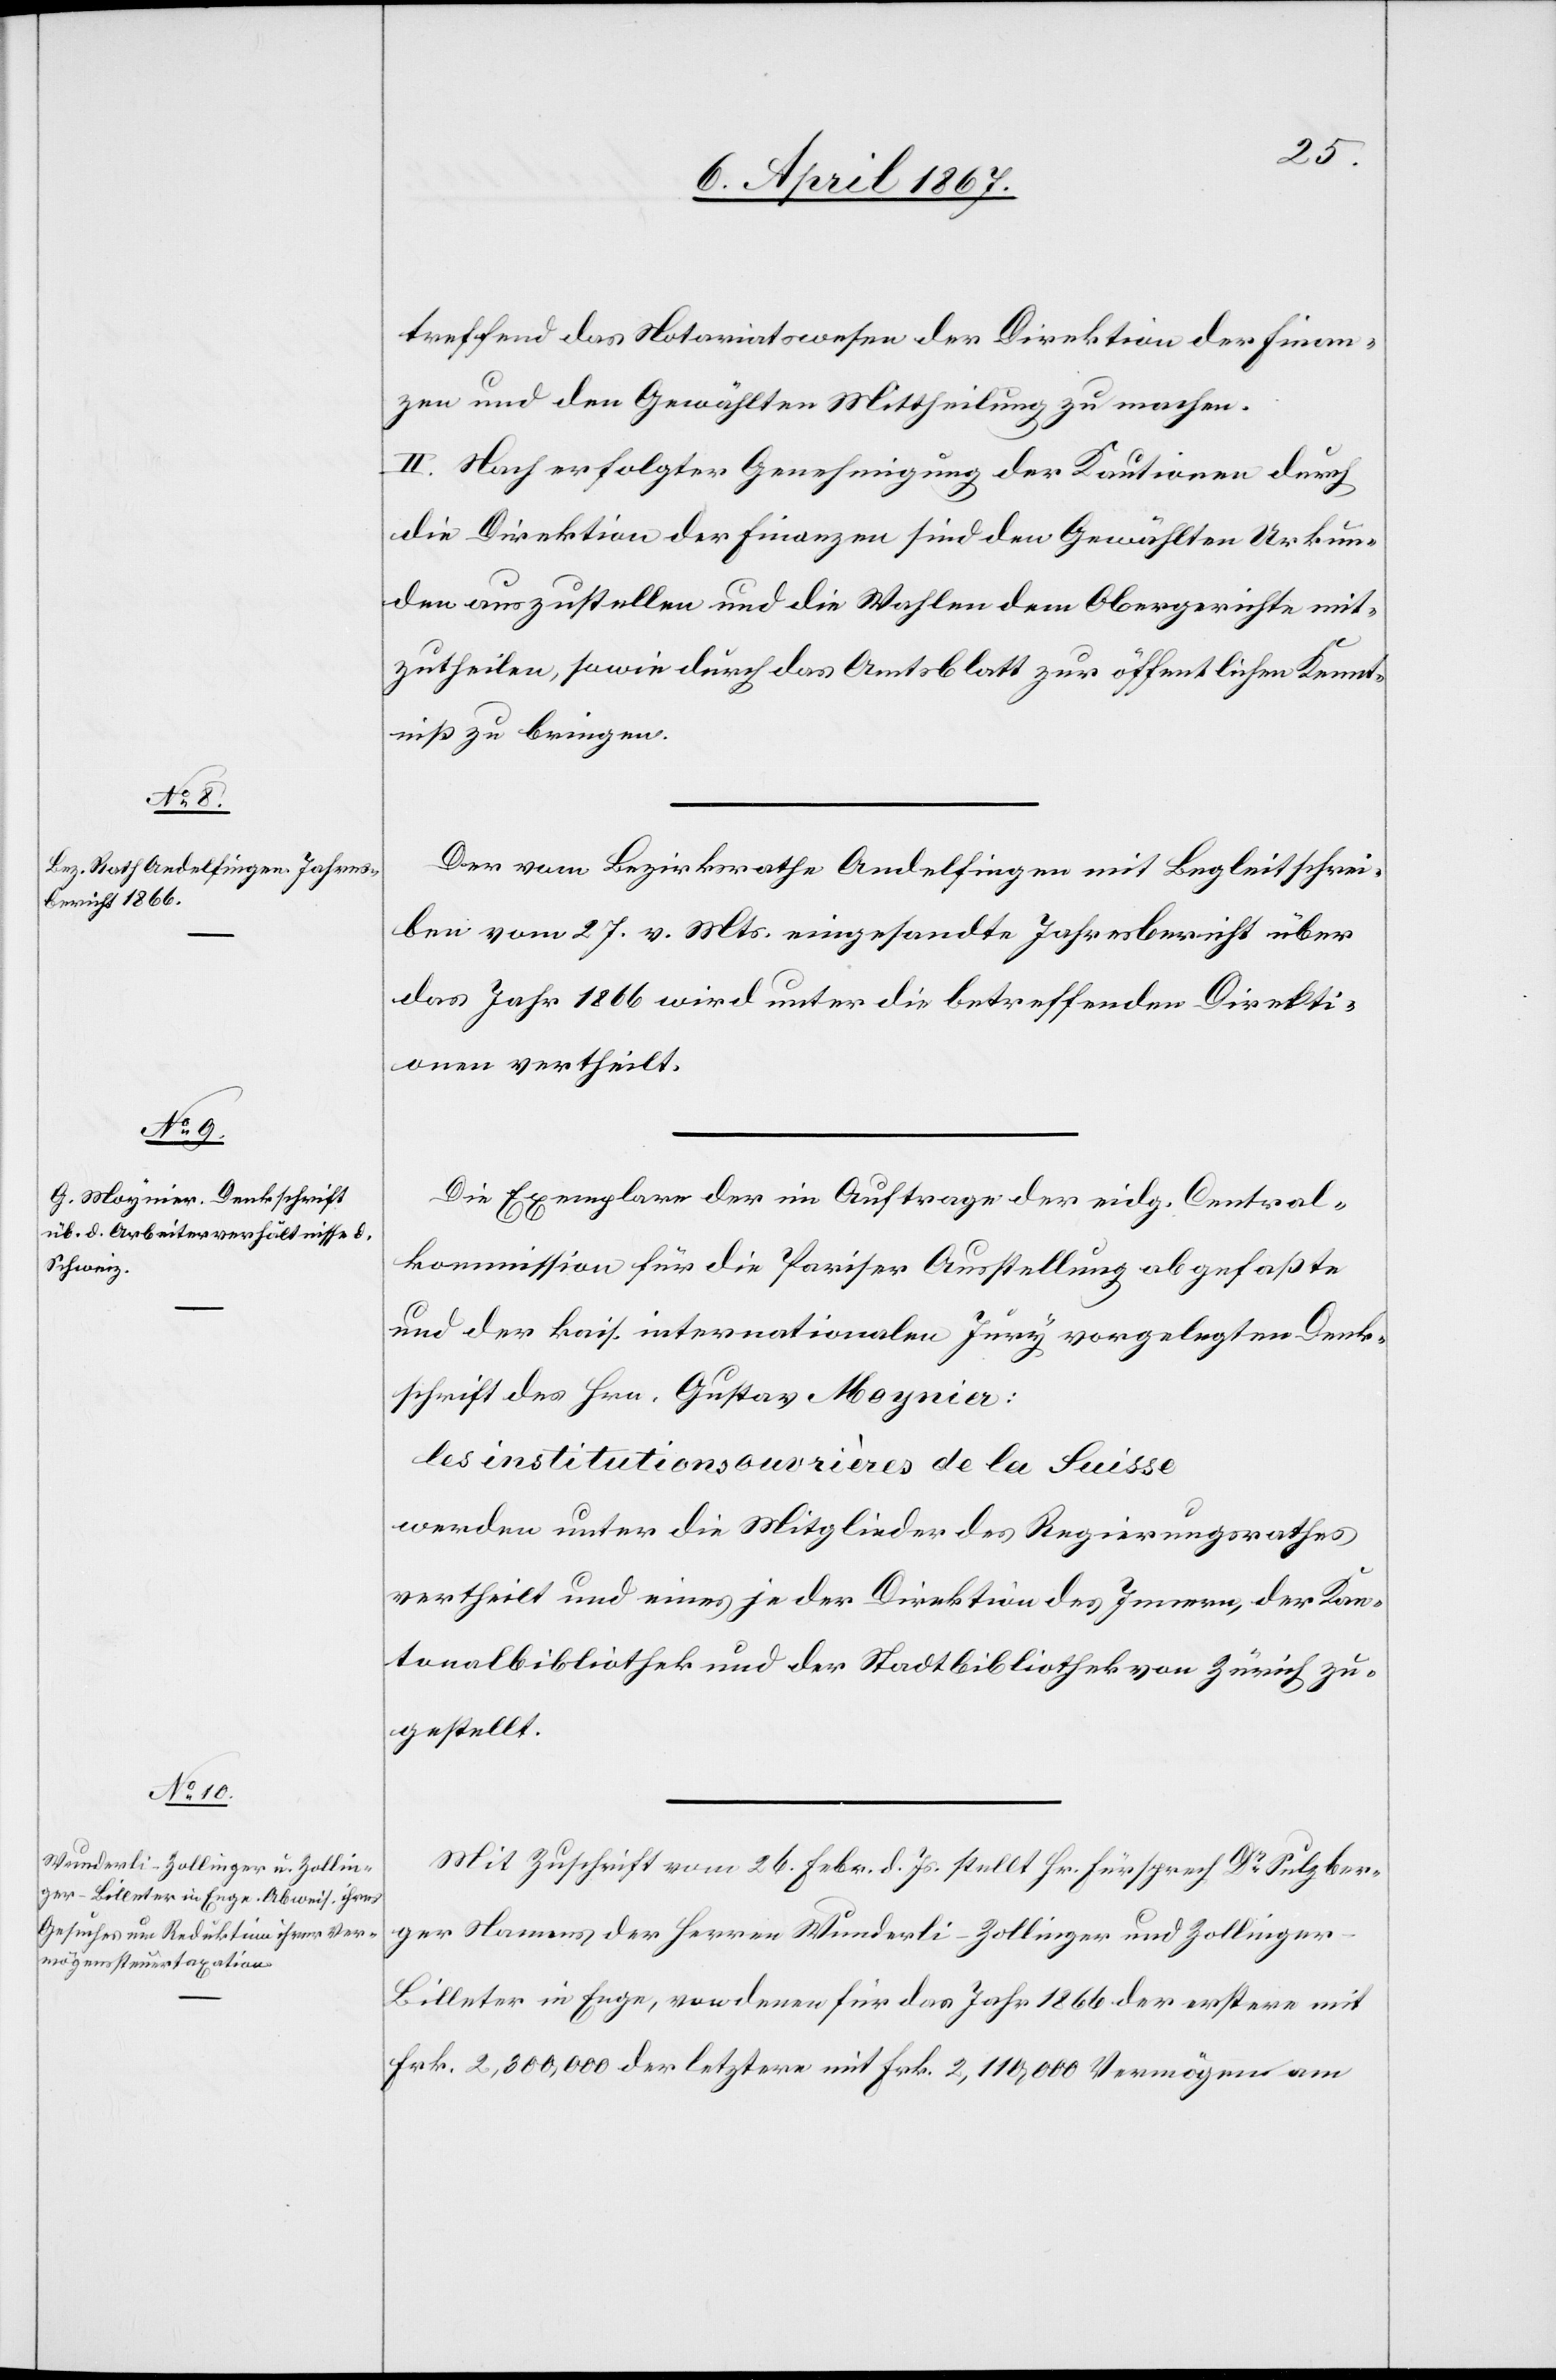
treffend das Notariatswesen der Direktion der Finan¬
zen und den Gewählten Mittheilung zu machen.
II. Nach erfolgter Genehmigung der Kautionen durch
die Direktion der Finanzen sind den Gewählten Urkun¬
den auszustellen und die Wahlen dem Obergerichte mit¬
zutheilen, sowie durch das Amtsblatt zur öffentlichen Kennt¬
niß zu bringen.
Der vom Bezirksrathe Andelfingen mit Begleitschrei¬
ben vom 27. v. Mts eingesandte Jahresbericht über
das Jahr 1866 wird unter die betreffenden Direkti¬
onen vertheilt.
Die Exemplare der im Auftrage der eidg. Central¬
kommission für die Pariser Ausstellung abgefaßte
und der kais. internationalen Jury vorgelegten Dank¬
schrift des Hrn. Gustav Moynier:
des institutions ouvrières de la Suisse
werden unter die Mitglieder des Regierungsrathes
vertheilt und eines je der Direktion des Innern, der Kan¬
tonalbibliothek und der Stadtbibliothek von Zürich zu¬
gestellt.
Mit Zuschrift vom 26. Febr. d. Js stellt Hr. Fürsprech Dr. Sulzber¬
ger Namens der Herren Wunderli-Zollinger und Zollinger-B¬
illeter in Enge, von denen für das Jahr 1866 der erstere mit
Frk. 2,800,000 der letztere mit Frk. 2,110,000 Vermögen am